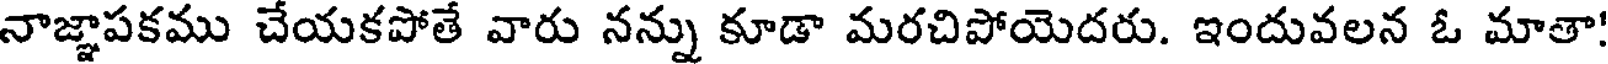
నాజ్ఞాపకము చేయకపోతే వారు నన్ను కూడా మరచిపోయెదరు. ఇందువలన ఓ మాతా